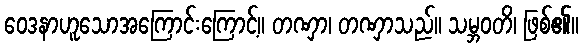
ဝေဒနာဟူသောအကြောင်းကြောင့်။ တဏှာ၊ တဏှာသည်။ သမ္ဘဝတိ၊ ဖြစ်၏။